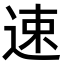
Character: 速